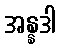
အန္နဒါ